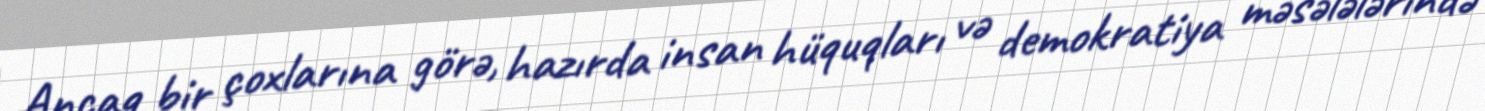
Ancaq bir çoxlarına görə, hazırda insan hüquqları və demokratiya məsələlərində